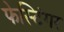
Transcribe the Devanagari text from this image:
फेस्टिंगर